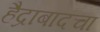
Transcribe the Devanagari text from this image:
हैद्राबादचा